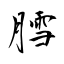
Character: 膤